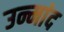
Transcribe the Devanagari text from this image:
उन्मांद